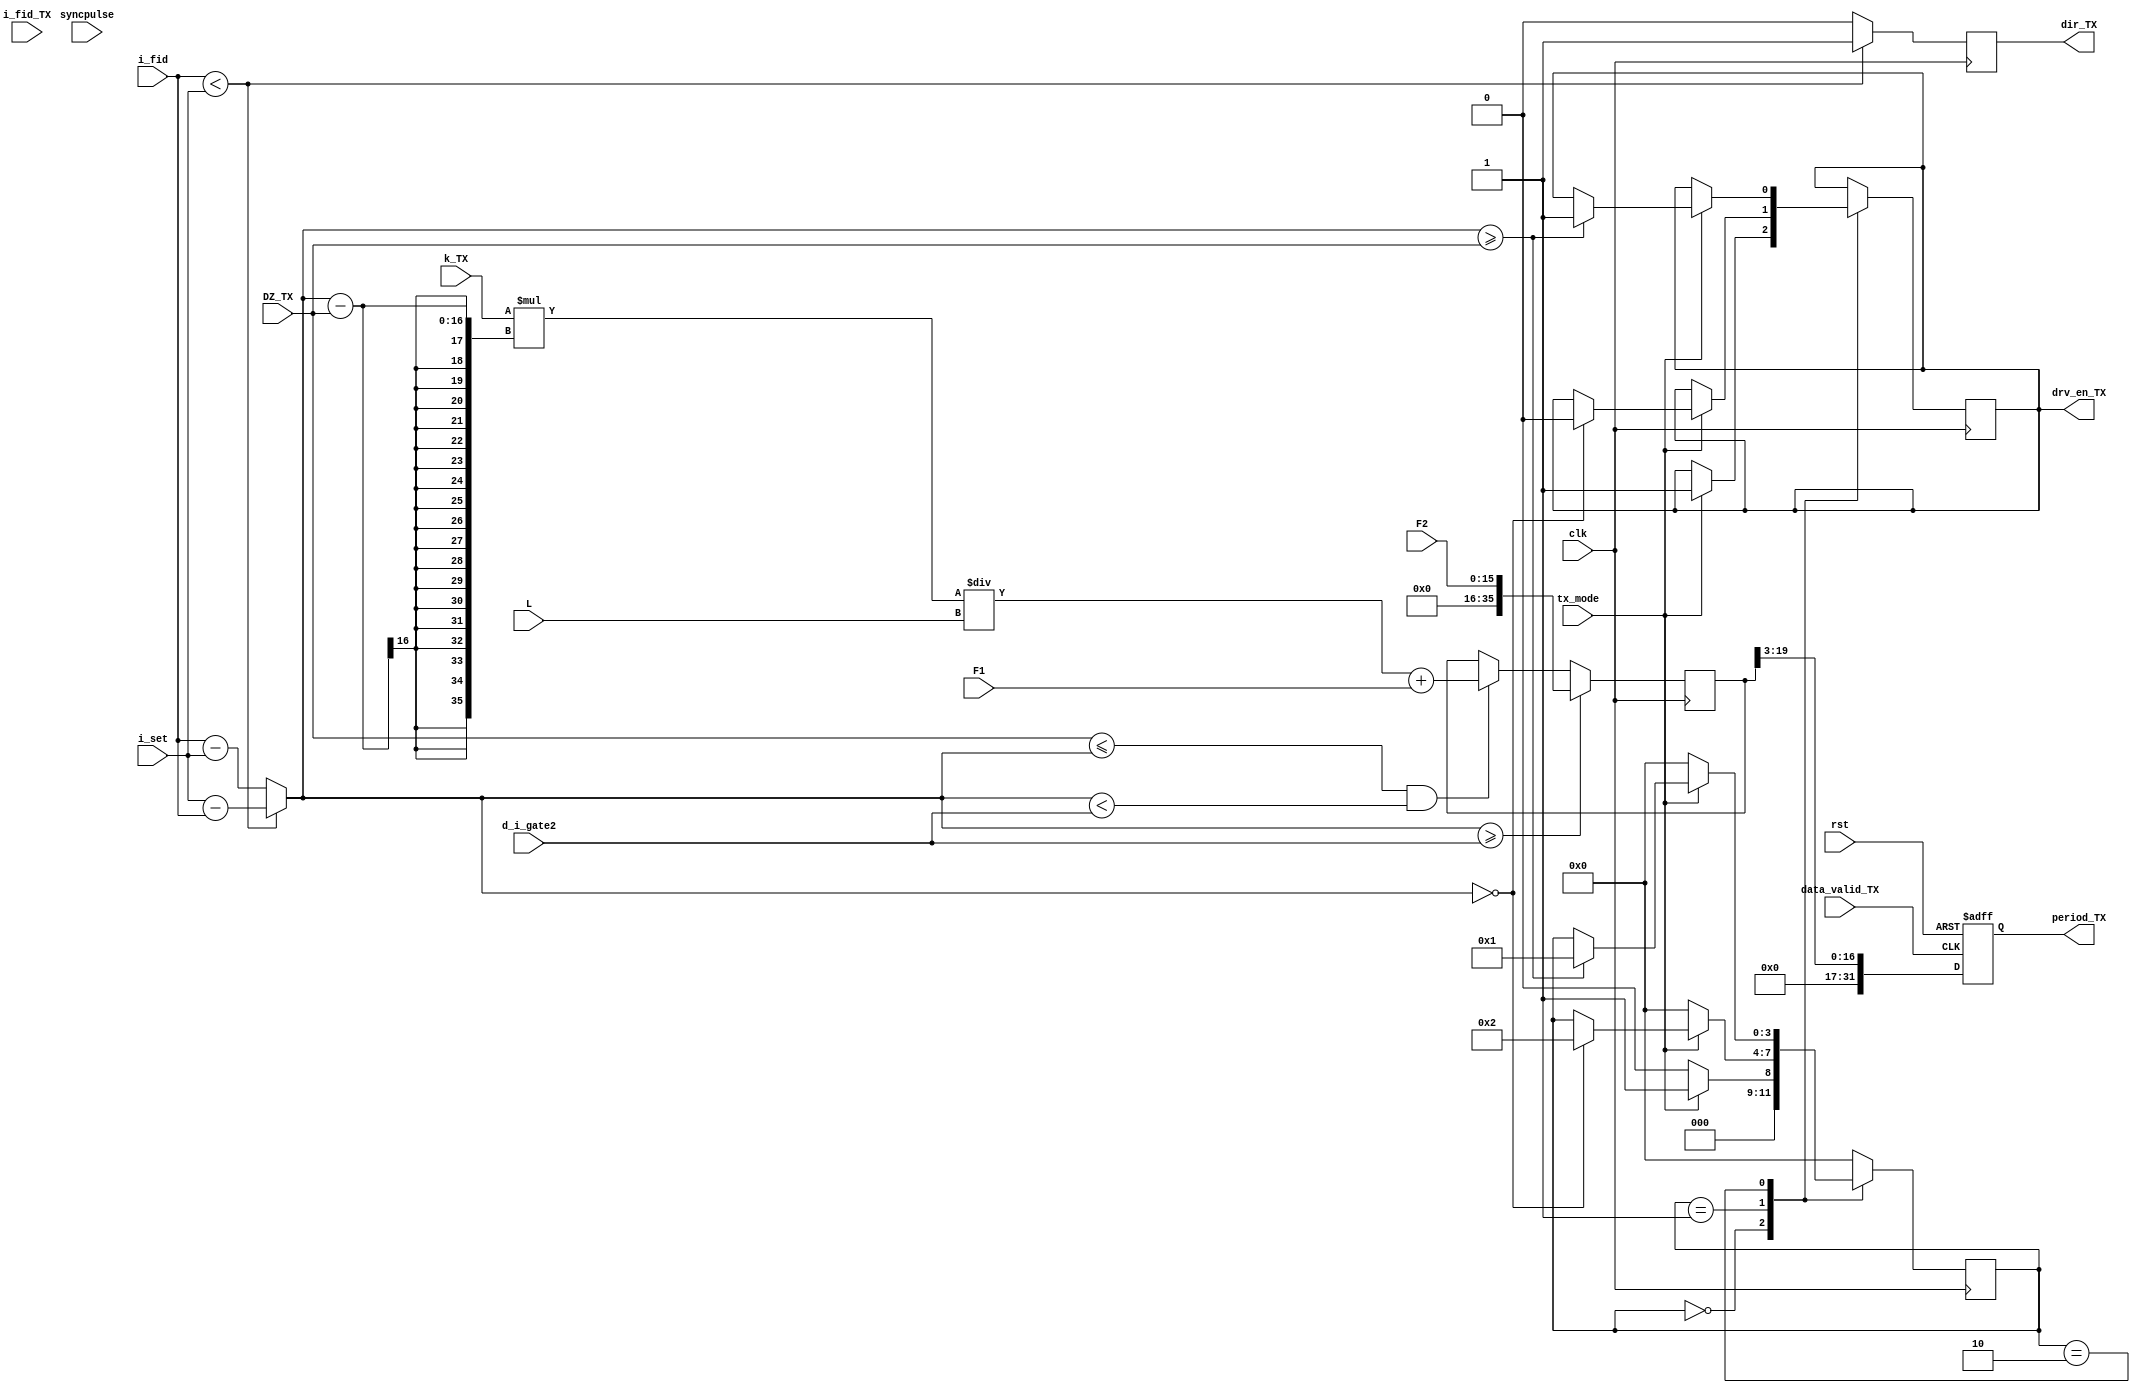
module TX   //  TX,      
#(
    parameter WIDTH_TX       = 16
  )
(
    output reg                          drv_en_TX,      //      TX
                                        dir_TX,         //    TX          
    
    output reg [2*WIDTH_TX-1:0]           period_TX,      //  TX

    input wire                          clk,            //   
                                        rst,            // 
                                        data_valid_TX,
                                        tx_mode,        //   

    input [WIDTH_TX-1:0]                i_fid,          //  
                                        i_set,          //       
                                        i_fid_TX,       //    I_fid = 0.5 * I_fid_TX
                                        F1,             //  
                                        F2,             //   
                                        DZ_TX,          //  
                                        L,
                                        d_i_gate2,
    input [WIDTH_TX+3:0]                k_TX,
    input                               syncpulse      //      
);

reg                	                    sign_TX;          //   TX 
                                      
reg [3:0]               	              state_TX=0;

reg [35:0]                              n_TX;

reg [WIDTH_TX-1:0]                      d_i;              //   TX   

//----------------------   ---------------------------------------------------------------------------
localparam
	START_TX            = 0,   
	TO_ZERO_TX          = 1,   
	PASS_DZ_TX          = 2;   

always@(posedge clk)
begin
case(state_TX)

  START_TX:    
  begin
    if(tx_mode == 1)
      begin
        state_TX <= TO_ZERO_TX;     	           
        drv_en_TX <= 1'b1;
      end 
    else begin
      state_TX <= START_TX;
    end
  end 
  
  TO_ZERO_TX:    
  begin
     if (tx_mode == 0)
          begin
            state_TX <= START_TX;            
          end       
     else if(d_i==0)
          begin
            state_TX <= PASS_DZ_TX;               
            drv_en_TX <= 1'b0;
          end 
   end
  
   PASS_DZ_TX: 
   begin
      if (tx_mode == 0)
          begin
            state_TX <= START_TX;            
          end   
     else if (d_i >= DZ_TX)
          begin
            state_TX <= TO_ZERO_TX;             
            drv_en_TX <= 1'b1;
          end 
   end    

default
  state_TX <= START_TX;                       
endcase     
end
//-----------------------------------------------------------------------------------

//---------------------  -----------------------------------------------------------------------
always@*
	begin
    if (i_fid < i_set)
	    begin
	      d_i = i_set - i_fid;
	      sign_TX = 1'b0;
	    end
	  else 
	    begin
	      d_i = i_fid - i_set;
	      sign_TX = 1'b1;
	    end        
	end
//---------------------------------------------------------------------------------------------

//---------- -----------------------------------------------------------------------
always@(posedge clk)  
	    begin 
	      if (sign_TX == 1'b0)
	        begin
		        dir_TX <= 1'b1;
	        end   
	     else
	        begin 
		        dir_TX <= 1'b0; 
	     	  end 
      end         	   
//--------------------------------------------------------------------------------------------- 

//---------------  -----------------------------------------------------------------------
always @(posedge clk)
    begin
    //if (i_fid >= i_fid_TX)
    //  begin 

        if (d_i >= d_i_gate2)
          begin
            n_TX <= F2;
          end

        else if( (DZ_TX <= d_i) && (d_i < d_i_gate2))
		      begin                           
			      n_TX <= ((k_TX * (d_i - DZ_TX)) / L) + F1;
		      end	
     // end
	 //else 
		//begin                                
	//		n_TX <= 0;
	//	end		
    end
//----------------------------------------------------------------------------------------------
 
//---------------------------------------------------------------------------------
always@(posedge data_valid_TX or posedge rst)  //cheak a condition
begin
	if(rst)
		begin
			period_TX <= 0; 		                    // not write data
		end	
	else if (data_valid_TX == 1)
		begin
			period_TX <= n_TX[19:3];	            // write data
		end
end

  endmodule